Lunatic asylums Central Provinces reports 1874-1885 - 1874-1885
Year: 1874
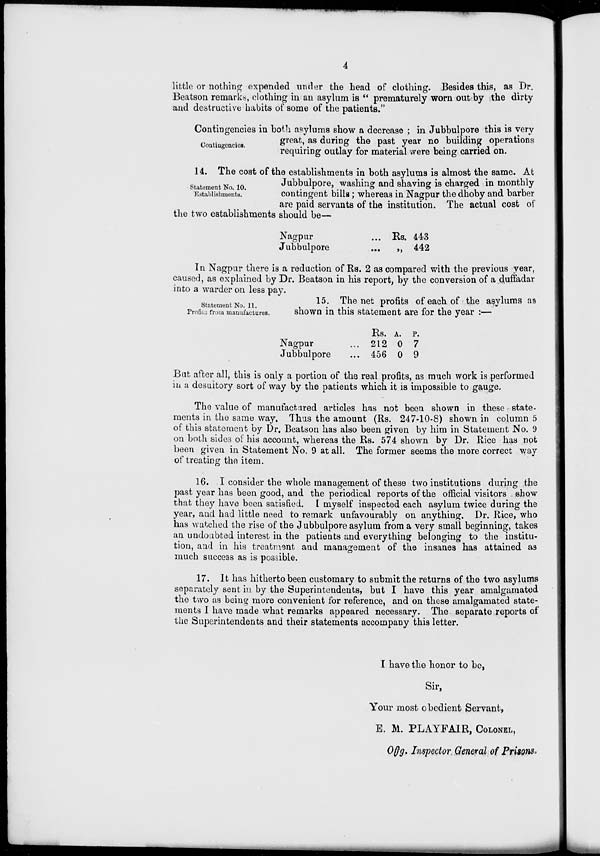
4
little or nothing expended under the head of clothing. Besides this, as Dr.
Beatson remarks, clothing in an asylum is " prematurely worn out by the dirty
and destructive habits of some of the patients."
Contingencies.
Contingencies in both asylums show a decrease ; in Jubbulpore this is very
great, as during the past year no building operations
requiring outlay for material were being carried on.
Statement No. 10.
Establishments.
14. The cost of the establishments in both asylums is almost the same. At
Jubbulpore, washing and shaving is charged in monthly
contingent bills; whereas in Nagpur the dhoby and barber
are paid servants of the institution. The actual cost of
the two establishments should be—
Nagpur ...
Jubbulpore ...
Rs.
„
443
442
In Nagpur there is a reduction of Rs. 2 as compared with the previous year,
caused, as explained by Dr. Beatson in his report, by the conversion of a duffadar
into a warder on less pay.
Statement No. 11.
Profits from manufactures.
15. The net profits of each of the asylums as
shown in this statement are for the year :—
Nagpur ...
Jubbulpore ...
Rs.
212
456
A.
0
0
P.
7
9
Bat after all, this is only a portion of the real profits, as much work is performed
in a desultory sort of way by the patients which it is impossible to gauge.
The value of manufactured articles has not been shown in these state-
ments in the same way. Thus the amount (Rs. 247-10-8) shown in column 5
of this statement by Dr. Beatson has also been given by him in Statement No. 9
on both sides of his account, whereas the Rs. 574 shown by Dr. Rice has not
been given in Statement No. 9 at all. The former seems the more correct way
of treating the item.
16. I consider the whole management of these two institutions during the
past year has been good, and the periodical reports of the official visitors show
that they have been satisfied. I myself inspected each asylum twice during the
year, and had little need to remark unfavourably on anything. Dr. Rice, who
has watched the rise of the Jubbulpore asylum from a very small beginning, takes
an undoubted interest in the patients and everything belonging to the institu-
tion, and in his treatment and management of the insanes has attained as
much success as is possible.
17. It has hitherto been customary to submit the returns of the two asylums
separately sent in by the Superintendents, but I have this year amalgamated
the two as being more convenient for reference, and on these amalgamated state-
ments I have made what remarks appeared necessary. The separate reports of
the Superintendents and their statements accompany this letter.
I have the honor to be,
Sir,
Your most obedient Servant,
E. M. PLAYFAIR, COLONEL,
Offg. Inspector General of Prisons.